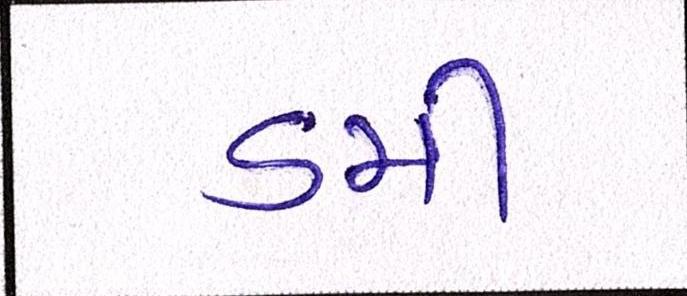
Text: ડમી